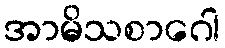
အာမိသစာဂေါ